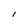
Character: I